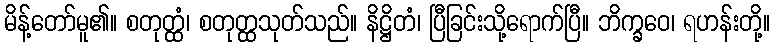
မိန့်တော်မူ၏။ စတုတ္ထံ၊ စတုတ္ထသုတ်သည်။ နိဋ္ဌိတံ၊ ပြီခြင်းသို့ရောက်ပြီ။ ဘိက္ခဝေ၊ ရဟန်းတို့။